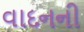
વાદનની